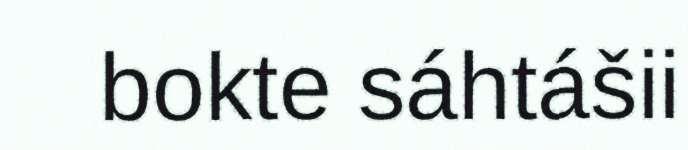
bokte sáhtášii